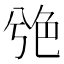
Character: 䒊